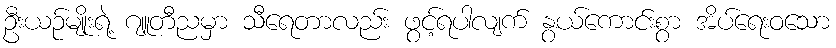
ဦးယဉ်မျိုးရဲ့ ဂျူတီညမှာ သီရေတာလည်း ဖွင့်ရပါလျက် နွယ်ကောင်းစွာ အိပ်ရေးဝသော